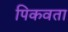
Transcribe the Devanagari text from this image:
पिकवता